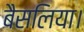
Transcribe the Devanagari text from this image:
बैसलिया।